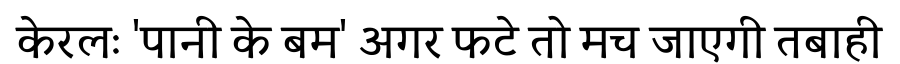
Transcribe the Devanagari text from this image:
केरलः 'पानी के बम' अगर फटे तो मच जाएगी तबाही